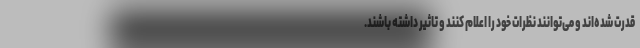
قدرت شده‌اند و می‌توانند نظرات خود را اعلام کنند و تاثیر داشته باشند.